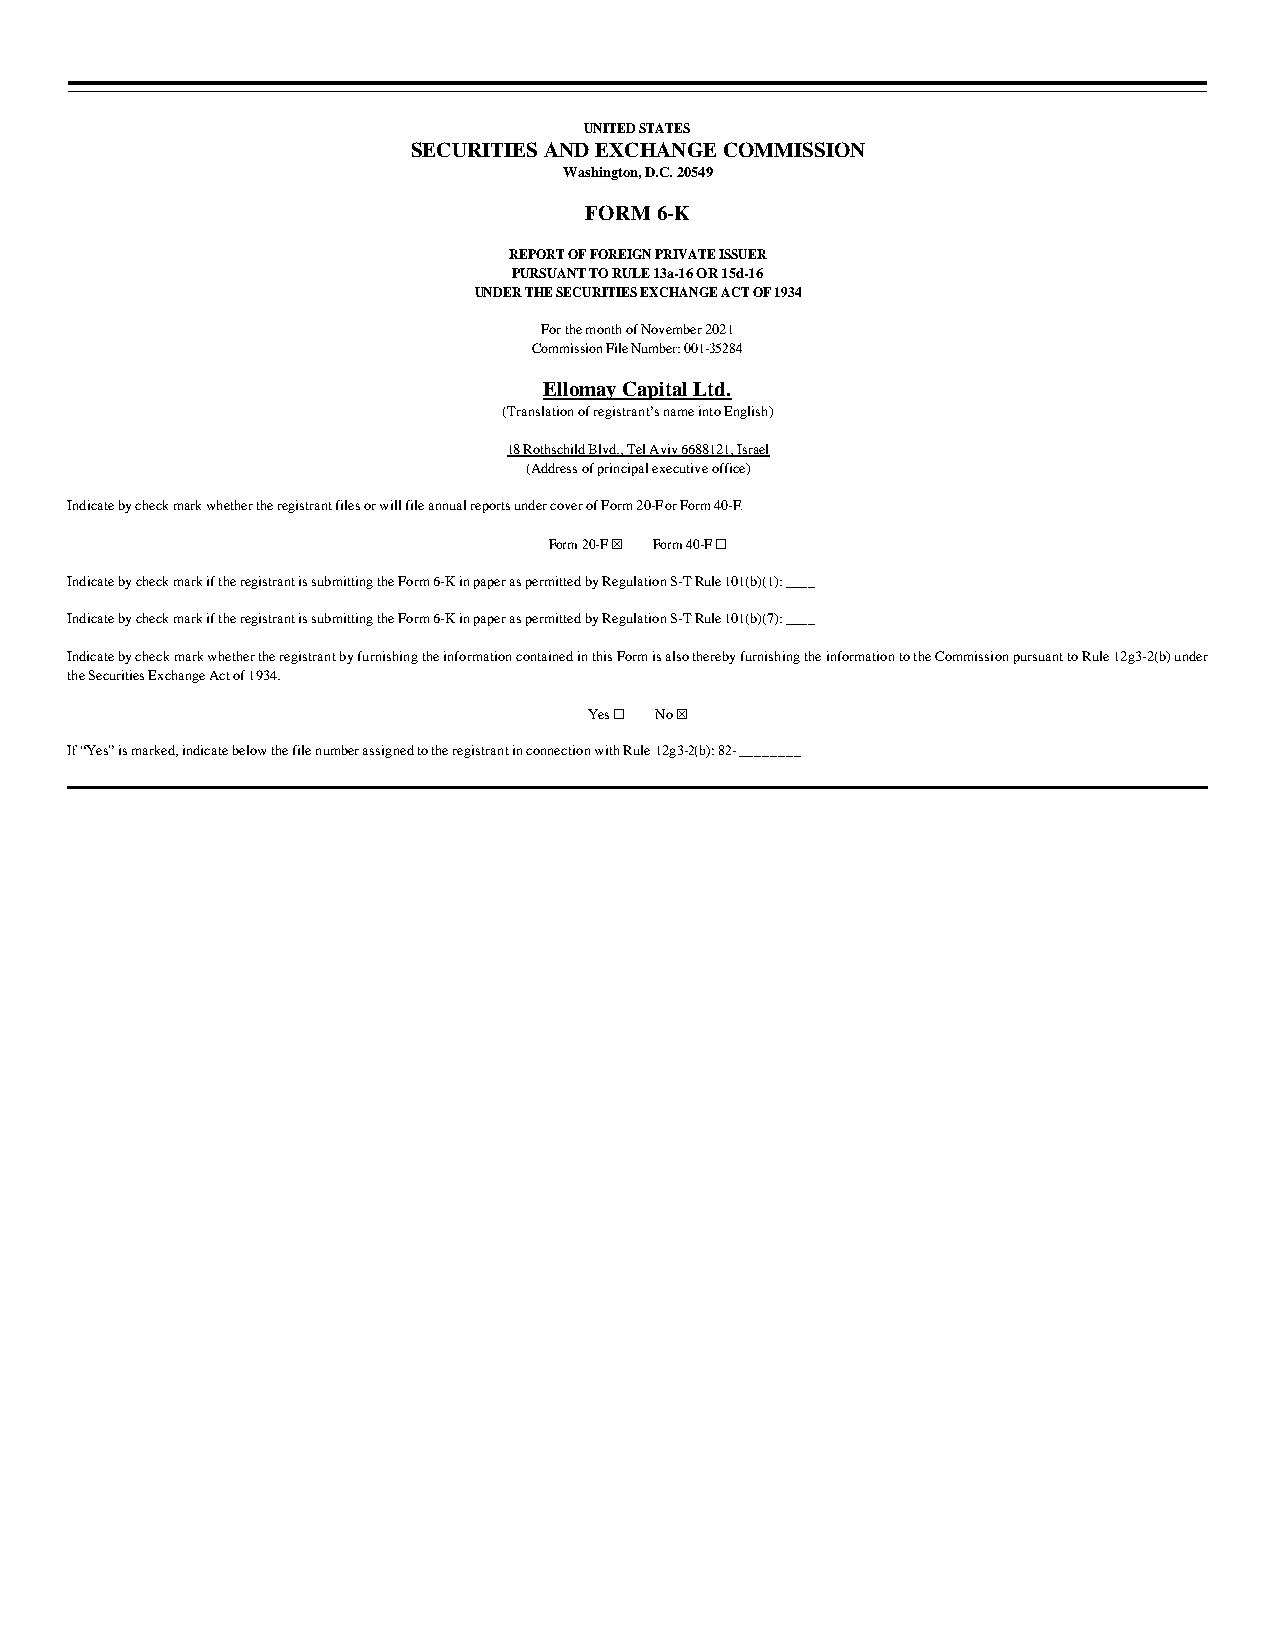
UNITED STATES
 SECURITIES AND EXCHANGE COMMISSION
 Washington, D.C. 20549
 FORM 6-K
 REPORT OF FOREIGN PRIVATE ISSUER
 PURSUANT TO RULE 13a-16 OR 15d-16
 UNDER THE SECURITIES EXCHANGE ACT OF 1934
 For the month of November 2021
 Commission File Number: 001-35284
 Ellomay Capital Ltd.
 (Translation of registrant’s name into English)
 18 Rothschild Blvd., Tel Aviv 6688121, Israel
 (Address of principal executive office)
 Indicate by check mark whether the registrant files or will file annual reports under cover of Form 20-F or Form 40-F.
 Form 20-F ☒ Form 40-F ☐
 Indicate by check mark if the registrant is submitting the Form 6-K in paper as permitted by Regulation S-T Rule 101(b)(1): ____
 Indicate by check mark if the registrant is submitting the Form 6-K in paper as permitted by Regulation S-T Rule 101(b)(7): ____
 Indicate by check mark whether the registrant by furnishing the information contained in this Form is also thereby furnishing the information to the Commission pursuant to Rule 12g3-2(b) under
 the Securities Exchange Act of 1934.
 Yes ☐ No ☒
 If “Yes” is marked, indicate below the file number assigned to the registrant in connection with Rule 12g3-2(b): 82- ________